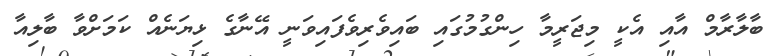
ބާލާރާމް އާއި އެކީ މިޖަރީމާ ހިންގުމުގައި ބައިވެރިވެފައިވަނީ އޭނާގެ ޅިޔަނެއް ކަމަށްވާ ބާލިއާ